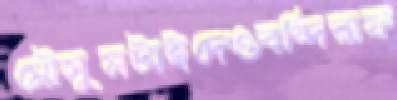
মৌসুমটাইদেওবন্দিরাফ